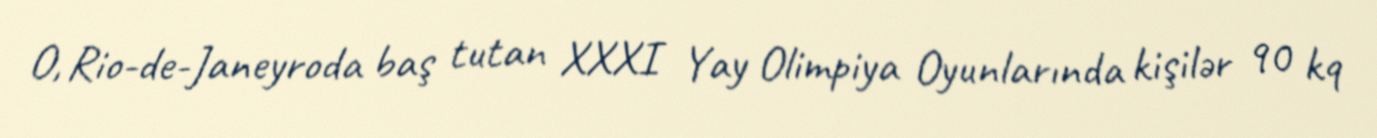
O, Rio-de-Janeyroda baş tutan XXXI Yay Olimpiya Oyunlarında kişilər 90 kq